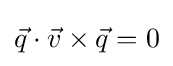
{\vec {q}}\cdot {\vec {v}}\times {\vec {q}}=0